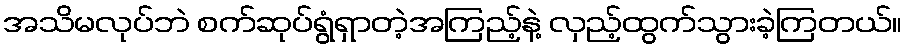
အသိမလုပ်ဘဲ စက်ဆုပ်ရွံရှာတဲ့အကြည့်နဲ့ လှည့်ထွက်သွားခဲ့ကြတယ်။